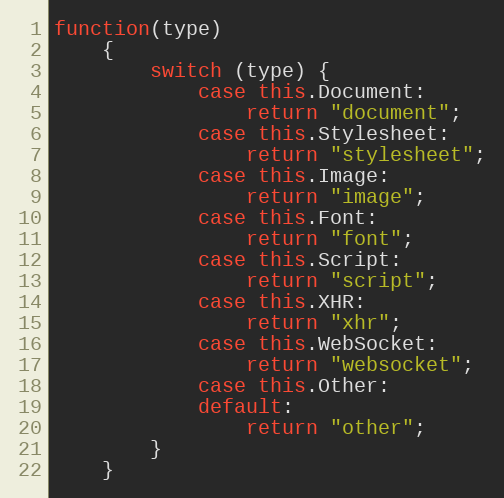
Language: JavaScript
function(type)
    {
        switch (type) {
            case this.Document:
                return "document";
            case this.Stylesheet:
                return "stylesheet";
            case this.Image:
                return "image";
            case this.Font:
                return "font";
            case this.Script:
                return "script";
            case this.XHR:
                return "xhr";
            case this.WebSocket:
                return "websocket";
            case this.Other:
            default:
                return "other";
        }
    }